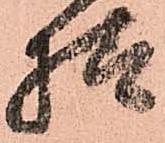
様